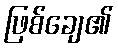
ဖြစ်ချေ၏